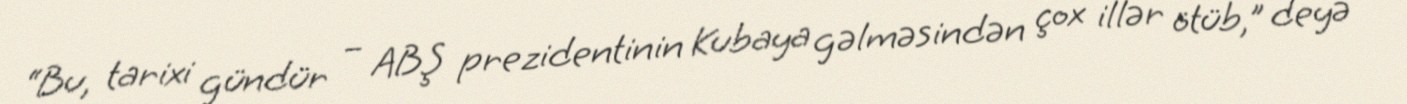
“Bu, tarixi gündür – ABŞ prezidentinin Kubaya gəlməsindən çox illər ötüb,” deyə